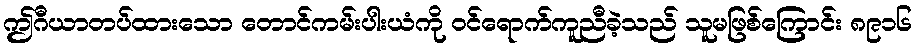
ဤဂီယာတပ်ထားသော တောင်ကမ်းပါးယံကို ဝင်ရောက်ကူညီခဲ့သည် သူမဖြစ်ကြောင်း ၈၉၁၆